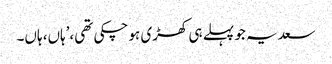
سعدیہ جو پہلے ہی کھڑی ہو چکی تھی،’ہاں، ہاں۔